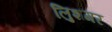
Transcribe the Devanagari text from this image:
लुिशगर